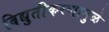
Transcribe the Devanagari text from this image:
विद्युतीकरणामुळे